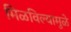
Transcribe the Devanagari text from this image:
मिळविल्यामुळे